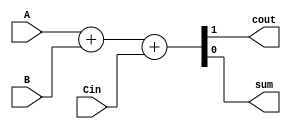
/*  * Module: CPU.v  
* Project: milestone 2  
jannah soliman- jannahsoliman9@aucegypt.edu
* Description: full adder 
*  
* Change history: 10/4/23 - added module



               
*  **********************************************************************/

module fulladder(
    input A,
    input B,
    input Cin,
    output cout,
    output sum
    );
    assign {cout,sum}=A+B+Cin;
endmodule